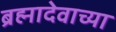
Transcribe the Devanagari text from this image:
ब्रह्मादेवाच्या